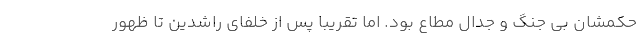
حکمشان بی جنگ و جدال مطاع بود. اما تقریبا پس از خلفای راشدین تا ظهور